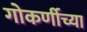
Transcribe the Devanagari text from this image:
गोकर्णीच्या